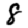
Digit: 8